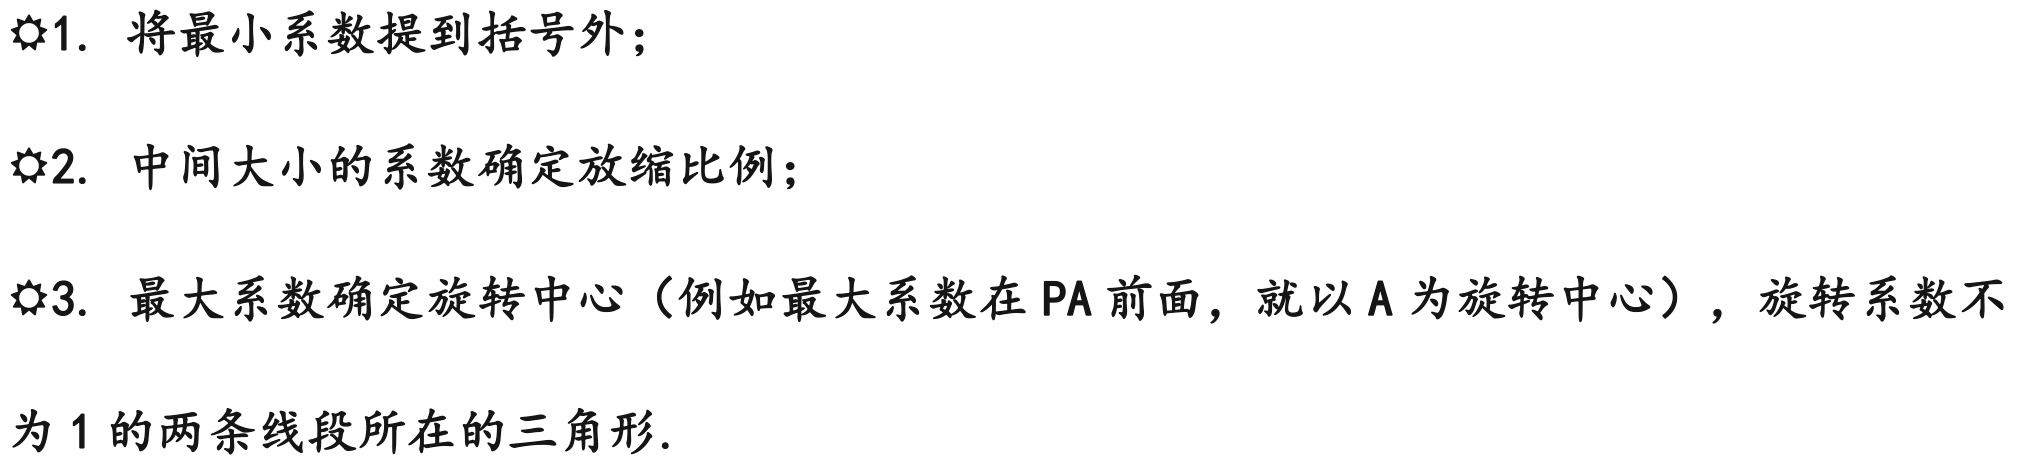
☑1. 将最小系数提到括号外；

☑2. 中间大小的系数确定放缩比例；

☑3. 最大系数确定旋转中心（例如最大系数在 PA 前面，就以 A 为旋转中心），旋转系数不
为 1 的两条线段所在的三角形.